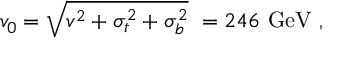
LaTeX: v _ { 0 } = \sqrt { v ^ { 2 } + \sigma _ { t } ^ { 2 } + \sigma _ { b } ^ { 2 } } \ = 2 4 6 \ \mathrm { G e V } \ ,